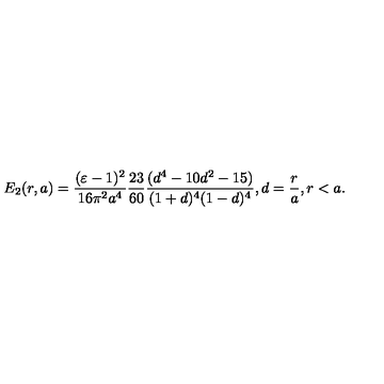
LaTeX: E _ { 2 } ( r , a ) = \frac { ( \varepsilon - 1 ) ^ { 2 } } { 1 6 \pi ^ { 2 } a ^ { 4 } } \frac { 2 3 } { 6 0 } \frac { ( d ^ { 4 } - 1 0 d ^ { 2 } - 1 5 ) } { ( 1 + d ) ^ { 4 } ( 1 - d ) ^ { 4 } } , d = \frac { r } { a } , r < a .